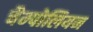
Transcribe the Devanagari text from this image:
चैम्पोलियन